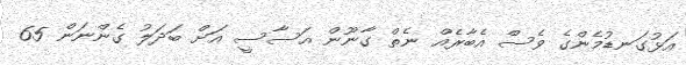
އަޅުގަނޑުމެންގެ ވެސް އެބާރެއް ނެތް ގާނޫން އަސާސީ އަށް ބަދަލު ގެންނަން 65